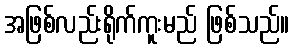
အဖြစ်လည်းရိုက်ကူးမည် ဖြစ်သည်။